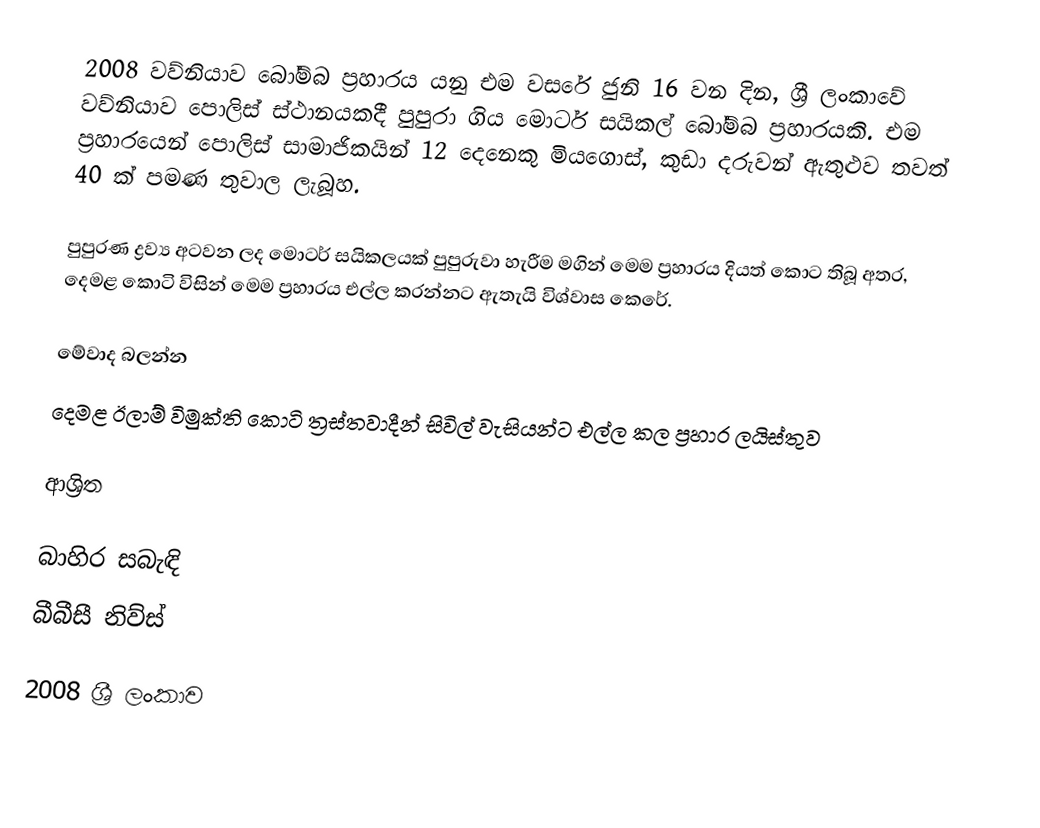
2008 වව්නියාව බෝම්බ ප්‍රහාරය යනු එම වසරේ ජුනි 16 වන දින, ශ්‍රී ලංකාවේ වව්නියාව පොලිස් ස්ථානයකදී පුපුරා ගිය මොටර් සයිකල් බෝම්බ ප්‍රහාරයකි. එම ප්‍රහාරයෙන් පොලිස් සාමාජිකයින් 12 දෙනෙකු මියගොස්, කුඩා දරුවන් ඇතුළුව තවත් 40 ක් පමණ තුවාල ලැබූහ.

පුපුරණ ද්‍රව්‍ය අටවන ලද මොටර් සයිකලයක් පුපුරුවා හැරීම මගින් මෙම ප්‍රහාරය දියත් කොට තිබූ අතර, දෙමළ කොටි විසින් මෙම ප්‍රහාරය එල්ල කරන්නට ඇතැයි විශ්වාස කෙරේ.

මේවාද බලන්න
 දෙමළ ඊලාම් විමුක්ති කොටි ත්‍රස්තවාදීන් සිවිල් වැසියන්ට එල්ල කල ප්‍රහාර ලයිස්තුව

ආශ්‍රිත

බාහිර සබැඳි
බීබීසී නිව්ස්

2008 ශ්‍රී ලංකාව